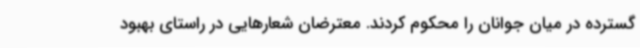
گسترده در میان جوانان را محکوم کردند. معترضان شعارهایی در راستای بهبود